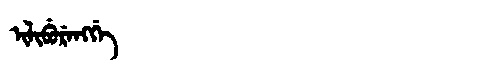
Manchu: ᡳᠯᡳᠪᡠᡵᡝᠩᡤᡝ
Romanization: ILIBURENGGE